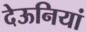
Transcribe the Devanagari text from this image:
देऊनियां